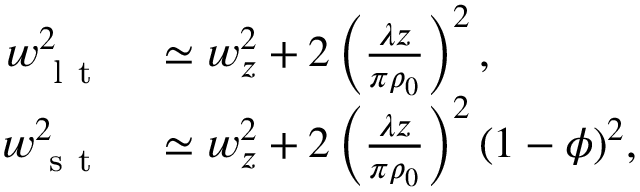
\begin{array} { r l } { w _ { \mathrm { ~ l ~ t ~ } } ^ { 2 } } & { { } \simeq w _ { z } ^ { 2 } + 2 \left( \frac { \lambda z } { \pi \rho _ { 0 } } \right) ^ { 2 } , } \\ { w _ { \mathrm { ~ s ~ t ~ } } ^ { 2 } } & { { } \simeq w _ { z } ^ { 2 } + 2 \left( \frac { \lambda z } { \pi \rho _ { 0 } } \right) ^ { 2 } ( 1 - \phi ) ^ { 2 } , } \end{array}